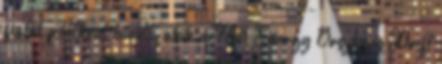
fiatal pilótával bővült, akik a Hell Energy Országos Drift